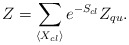
\begin{align*}Z=\sum_{\langle X_{cl} \rangle}e^{-S_{cl}}Z_{qu}.\end{align*}